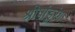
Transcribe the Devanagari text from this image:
श्रीपांडुरंग